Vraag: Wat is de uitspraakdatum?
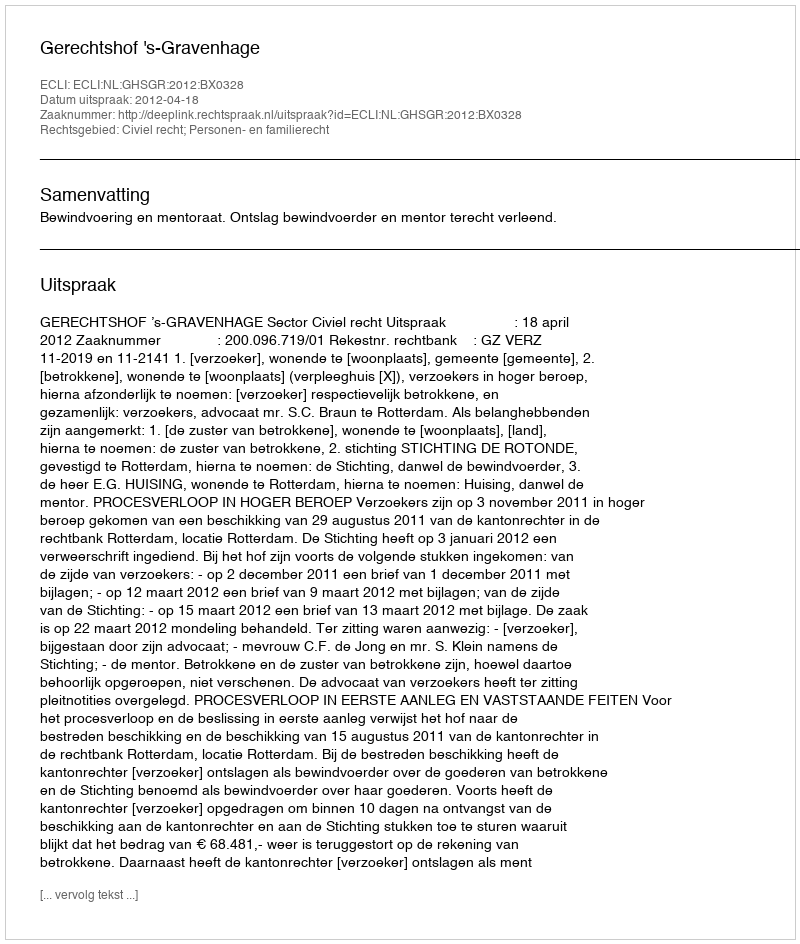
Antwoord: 2012-04-18